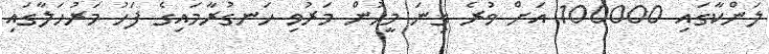
ލަންކާގައި 100000 އަށް ވުރެ ގިނަ މީހުން މަރުވި ހަނގުރާމައިގެ ފަހު މަރުހަލާގައި